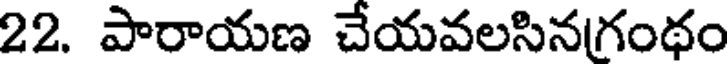
22. పారాయణ చేయవలసినగంథం